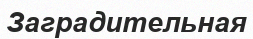
Заградительная